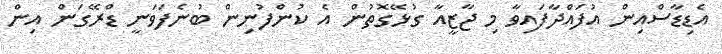
އެޑިޑާސްއިން އުފައްދާފައިވާ މި ޖާޒީއާ ގުޅޭގޮތުން އެ ކުންފުނިން ބުނެފަވަނީ ޑްރޭގަން އިން